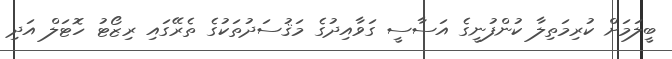
ބީލަމަށް ކުރިމަތިލާ ކުންފުނީގެ އަސާސީ ގަވާއިދުގެ މަޤުސަދުތަކުގެ ތެރޭގައި ރިޒޯޓު ހޮޓަލް އަދި